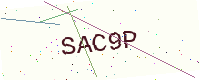
Text: SAC9P